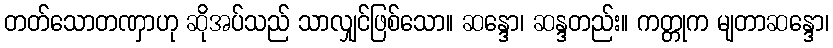
တတ်သောတဏှာဟု ဆိုအပ်သည် သာလျှင်ဖြစ်သော။ ဆန္ဒော၊ ဆန္ဒတည်း။ ကတ္တုက မျတာဆန္ဒော၊